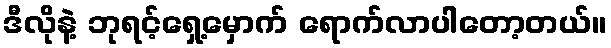
ဒီလိုနဲ့ ဘုရင့်ရှေ့မှောက် ရောက်လာပါတော့တယ်။